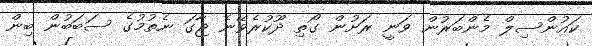
ކައުންސިލް މެންބަރުން ވަނީ ރަށުން ގޯތި ދޫކުރެވޭނެ ޖާގަ ނެތުމުގެ ސަބަބުން ބިން